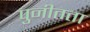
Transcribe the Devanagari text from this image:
पुनीतता